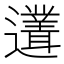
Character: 𲆇